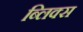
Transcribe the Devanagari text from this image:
ब्लिक्स